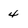
Character: 4